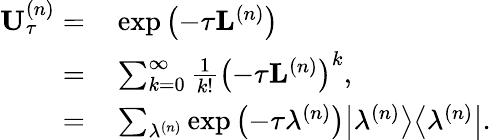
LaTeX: \begin{array}{rl}{\mathbf{U}_{\tau}^{\left(n\right)}=}&{{}\exp\left(-\tau\mathbf{L}^{\left(n\right)}\right)}\\ {=}&{{}\sum_{k=0}^{\infty}\frac{1}{k!}\left(-\tau\mathbf{L}^{\left(n\right)}\right)^{k},}\\ {=}&{{}\sum_{\lambda^{\left(n\right)}}\exp\left(-\tau\lambda^{\left(n\right)}\right)\big\vert\lambda^{\left(n\right)}\big\rangle\big\langle\lambda^{\left(n\right)}\big\vert.}\end{array}